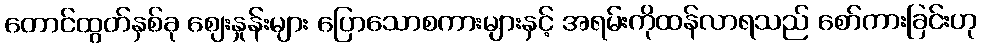
တောင်ထွတ်နှစ်ခု ဈေးနှုန်းများ ပြောသောစကားများနှင့် အရမ်းကိုထန်လာရသည် စော်ကားခြင်းဟု